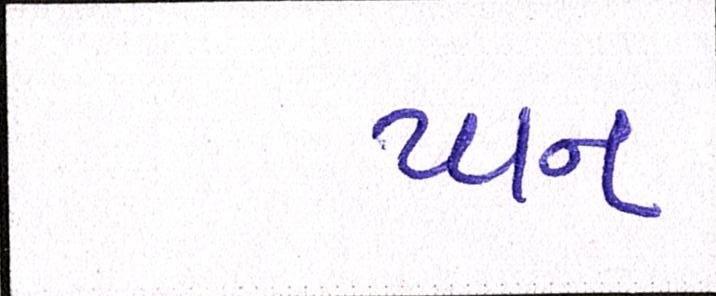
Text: પાન